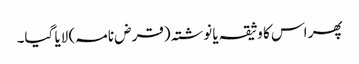
پھر اس کا وثیقہ یا نوشتہ (قرض نامہ) لایا گیا۔